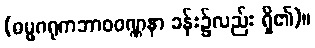
(ဓမ္မဂရုကဘာဝဝဏ္ဏနာ ခန်း၌လည်း ရှိ၏)။